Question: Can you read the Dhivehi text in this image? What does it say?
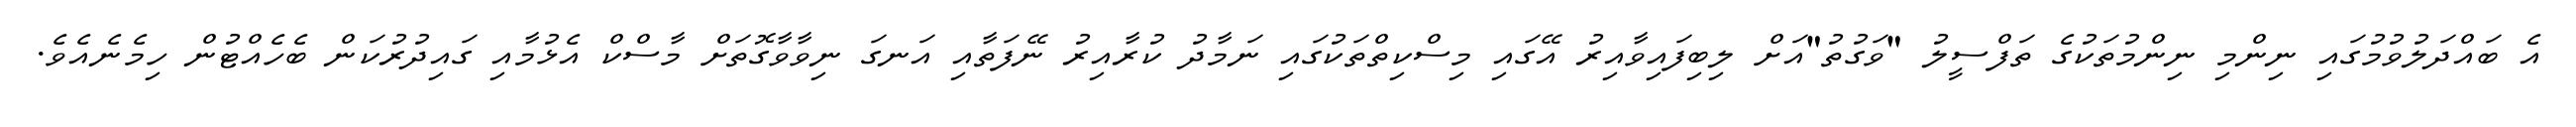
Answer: އެ ބައްދަލުވުމުގައި ނިންމި ނިންމުތަކުގެ ތަފްސީލު "ވަގުތު"އަށް ލިބިފައިވާއިރު އޭގައި މިސްކިތްތަކުގައި ނަމާދު ކުރާއިރު ނޭފަތާއި އަނގަ ނިވާވާގޮތަށް މާސްކް އެޅުމާއި ގައިދުރުކަން ބެހެއްޓުން ހިމެނެއެވެ.